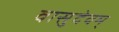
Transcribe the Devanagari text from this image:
वासुदेवम्